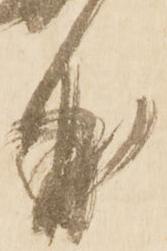
曲